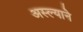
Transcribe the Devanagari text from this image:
अस्ल्याने